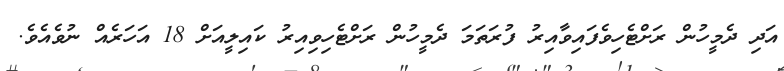
އަދި ދެމީހުން ރަށްޓެހިވެފައިވާއިރު ފުރަތަމަ ދެމީހުން ރަށްޓެހިވިއިރު ކައިލީއަށް 18 އަހަރެއް ނުވެއެވެ.